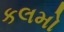
કલમો